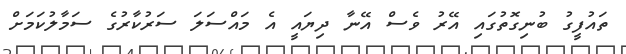
ތައުފީގު ބުނިގޮތުގައި އޭރު ވެސް އޭނާ ދިޔައީ އެ މައްސަލަ ސަރުކާރުގެ ސަމާލުކަމަށް